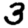
Digit: 3